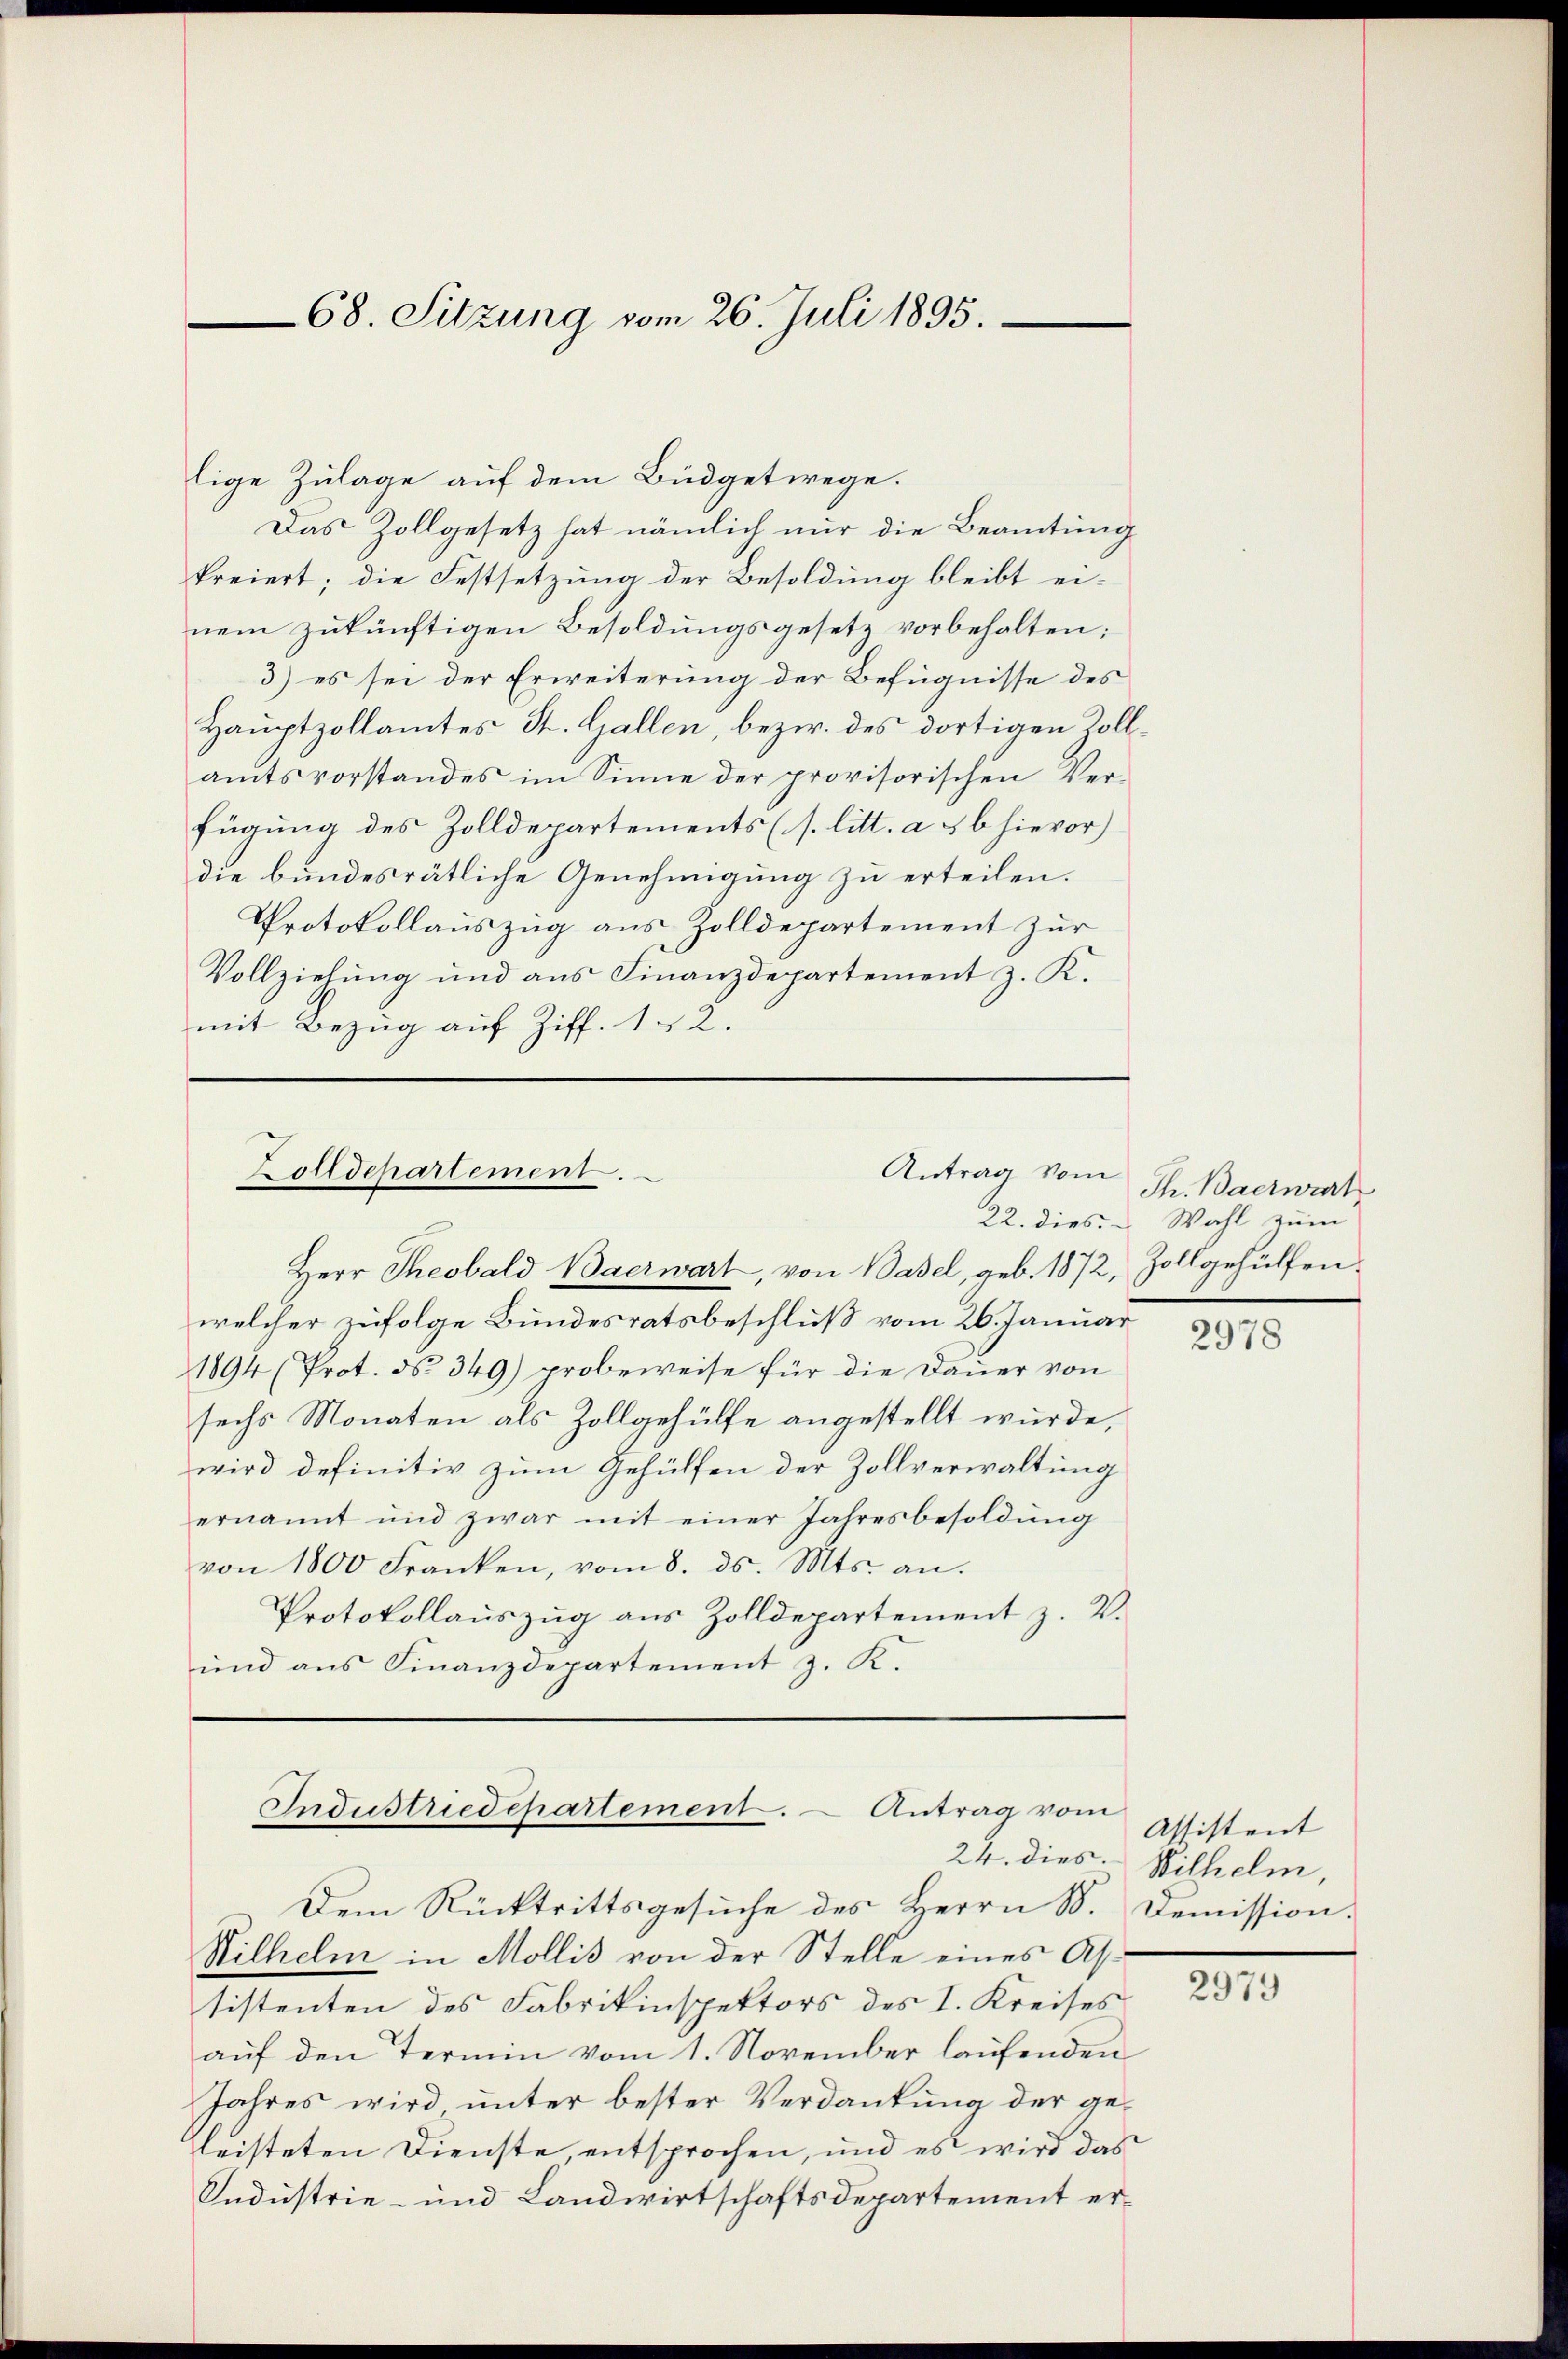
lige Zulage auf dem Büdgetwege.
Das Zollgesetz hat nämlich nur die Beamtung
kreiert; die Festsetzung der Besoldung bleibt ei-
nem zukünftigen Besoldungsgesetz vorbehalten;
3) es sei der Erweiterung der Befugnisse des
Hauptzollamtes St. Gallen, bezw. des dortigen Zollamtsvorstandes im Sinne der provisorischen Verfügung des Zolldepartements (s. litt. a 5 6 hievor)
die bundesrätliche Genehmigung zu erteilen.
Protokollauszug aus Zolldepartement zur
Vollziehung und aus Finanzdepartement z. K.
mit Bezug auf Ziff. 122.

68. Sitzung vom 26. Juli 1895.

Antrag vom
Zolldepartement.

Herr Theobald Baerwart, von Basel, geb. 1872, Zollgehülfen.
welcher zufolge Bundesratsbeschluß vom 26. Januar
1894 (Prot. N. 349) probeweise für die Dauer von
sechs Monaten als Zollgehülfe angestellt wurde,
wird definitiv zum Gehülfen der Zollverwaltung
ernannt und zwar mit einer Jahresbesoldung
von 1800 Franken, vom 8. ds. Mts. an.
Protokollauszug aus Zolldepartement z. V.
und aus Finanzdepartement z. K.

Industriedepartement. Antrag vom

Dem Rücktrittsgesuche des Herrn B. Demission.
Wilhelm in Mollis von der Stelle eines Assistenten des Fabrikinspektors des I. Kreises
auf den Termin vom 1. November laufenden
Jahres wird unter bester Verdankung der geleisteten Dienste, entsprochen, und es wird das
Industrie- und Landwirtschaftsdepartement er¬

Th. Baerwirk
22. dies. - Wahl zum

2978

Assistent
24. dies. Wilhelm,

2979